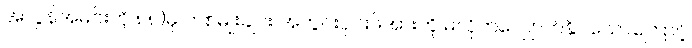
အလွန်အမင်းကို ၈၈)မှ တစ်မျိုးချင်း အတွင်းပိုင်းဖိအားကို မလိုက်လျှောက်နိုင်သောကြောင့်